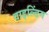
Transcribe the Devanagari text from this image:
वाइल्डिंग